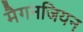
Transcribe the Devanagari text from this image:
मैगनजियन